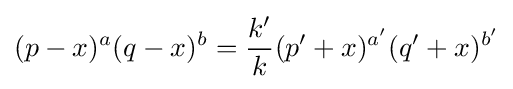
(p-x)^{a}(q-x)^{b}={\frac {k'}{k}}(p'+x)^{a'}(q'+x)^{b'}